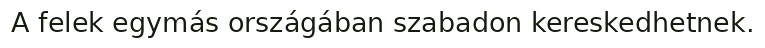
A felek egymás országában szabadon kereskedhetnek.